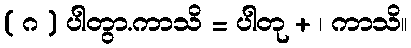
( ဂ ) ပါတွာ.ကာသိ = ပါတု + ၊ ကာသိ။